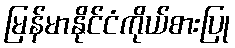
မြန်မာနိုင်ငံကိုယ်စားပြု